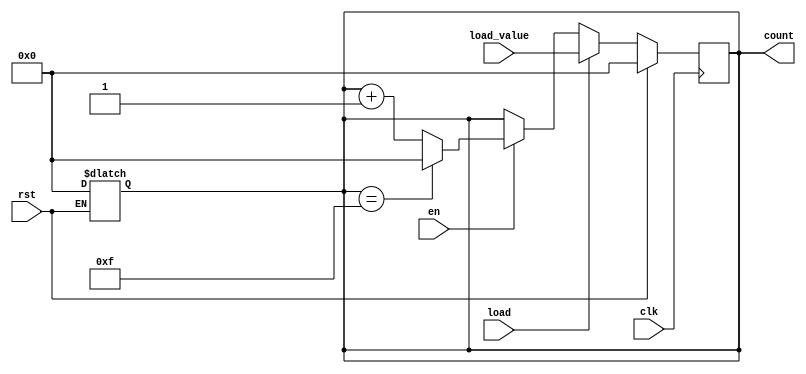
module MemoryBlocksBinaryCounter #(
    parameter BIT_WIDTH = 4,         // Defines the width of the counter (4-bit, can count from 0 to 15)
    parameter MAX_COUNT = (1 << BIT_WIDTH) - 1 // Max value based on BIT_WIDTH
)(
    input wire clk,                  // Clock signal
    input wire rst,                  // Asynchronous reset
    input wire en,                   // Enable signal
    input wire load,                 // Load signal
    input wire [BIT_WIDTH-1:0] load_value, // Value to load into the counter
    output reg [BIT_WIDTH-1:0] count // Current count output
);

    // Asynchronous reset
    always @(*) begin
        if (rst) begin
            count = 0;                 // Reset count to 0
        end
    end

    // Synchronous counting logic
    always @(posedge clk) begin
        if (rst) begin
            count <= 0;                // Reset on reset signal
        end else if (load) begin
            count <= load_value;       // Load specified value
        end else if (en) begin
            if (count == MAX_COUNT) begin
                count <= 0;            // Wrap around to 0 if max count is reached
            end else begin
                count <= count + 1;    // Increment count
            end
        end
    end

endmodule